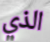
الذي